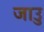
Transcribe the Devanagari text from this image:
जाउु